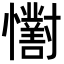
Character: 𢥓